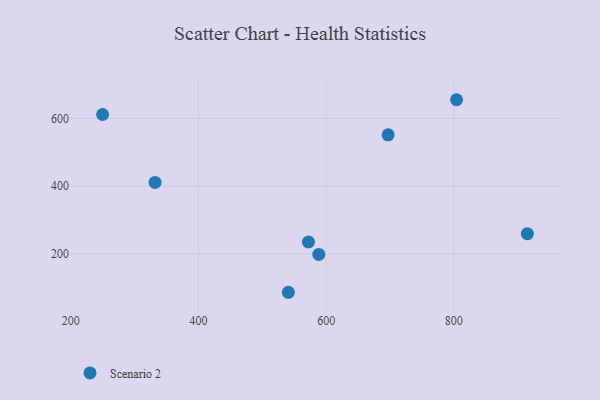
{"axis": {"x": "Speed", "y": "Fuel Efficiency"}, "legend": ["Scenario 2"], "data": [{"x": "915.2", "y": 259.6, "type": "Scenario 2"}, {"x": "332.1", "y": 411.0, "type": "Scenario 2"}, {"x": "572.3", "y": 234.9, "type": "Scenario 2"}, {"x": "588.5", "y": 198.2, "type": "Scenario 2"}, {"x": "540.8", "y": 86.3, "type": "Scenario 2"}, {"x": "249.9", "y": 611.8, "type": "Scenario 2"}, {"x": "697.1", "y": 551.8, "type": "Scenario 2"}, {"x": "804.3", "y": 655.5, "type": "Scenario 2"}]}